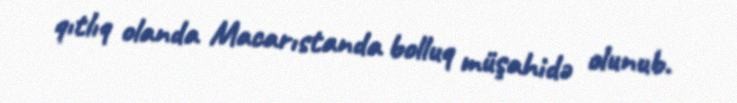
qıtlıq olanda Macarıstanda bolluq müşahidə olunub.